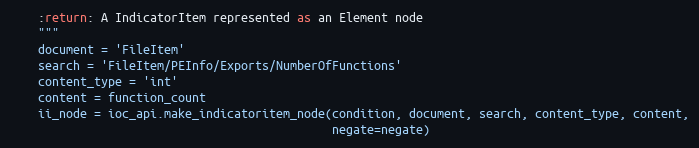
Language: Python
    :return: A IndicatorItem represented as an Element node
    """
    document = 'FileItem'
    search = 'FileItem/PEInfo/Exports/NumberOfFunctions'
    content_type = 'int'
    content = function_count
    ii_node = ioc_api.make_indicatoritem_node(condition, document, search, content_type, content,
                                              negate=negate)